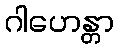
ဂါဟေန္တာ